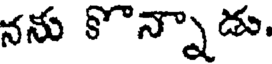
నను కొన్నాడు.